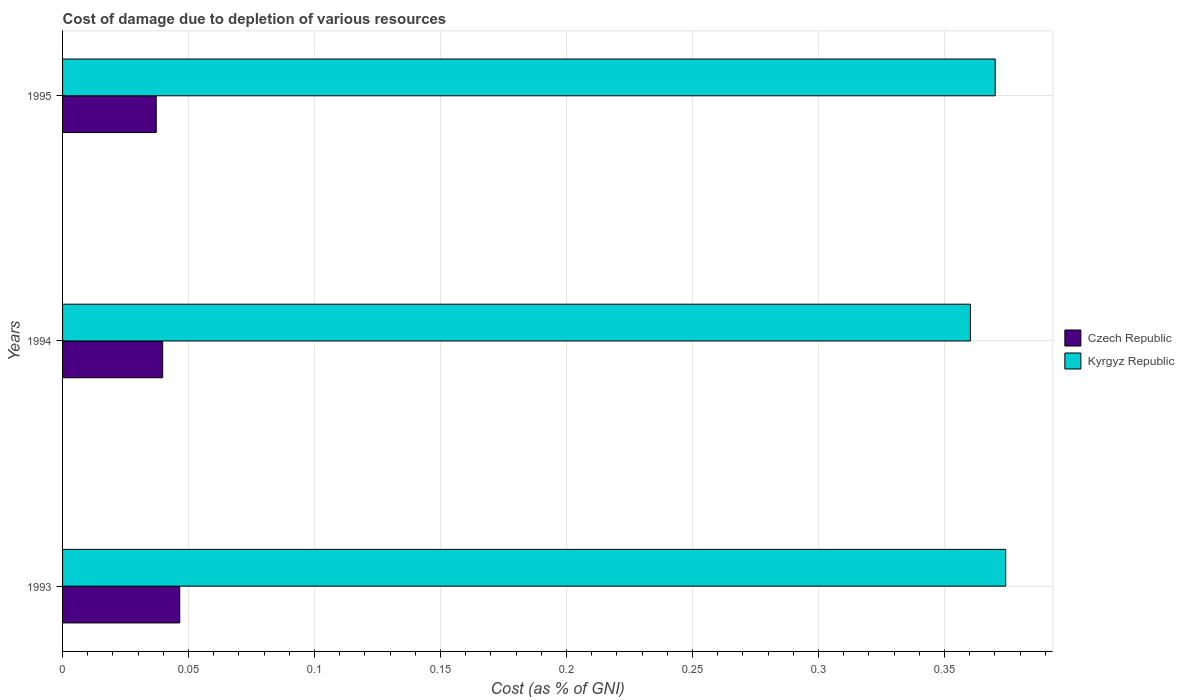
| Years | Czech Republic | Kyrgyz Republic |
 | --- | --- | --- |
 | 1993 | 0.0465 | 0.374 |
 | 1994 | 0.0397 | 0.36 |
 | 1995 | 0.0372 | 0.37 |